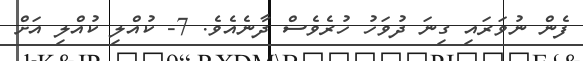
ފެން ނުވަރައި ގިނަ ދުވަހު ހުރެވެސް ދާނެއެވެ. 7- ކުއްލި ކުއްލި އަށް